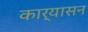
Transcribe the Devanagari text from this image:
कार्यासन